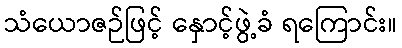
သံယောဇဉ်ဖြင့် နှောင့်ဖွဲ့ခံ ရကြောင်း။